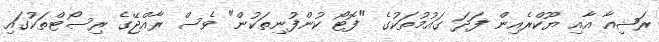
ރަޝިއާ އާއި ޔޫކްރެއިން ފަދަ ގައުމުތަކުގެ "ފޮޓޯ ކުންފުނިތަކުން" ވެސް ރާއްޖޭގެ ރިސޯޓްތަކުގައި